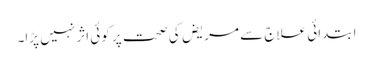
ابتدائی علاج سے مریض کی صحت پر کوئی اثر نہیں پڑا۔